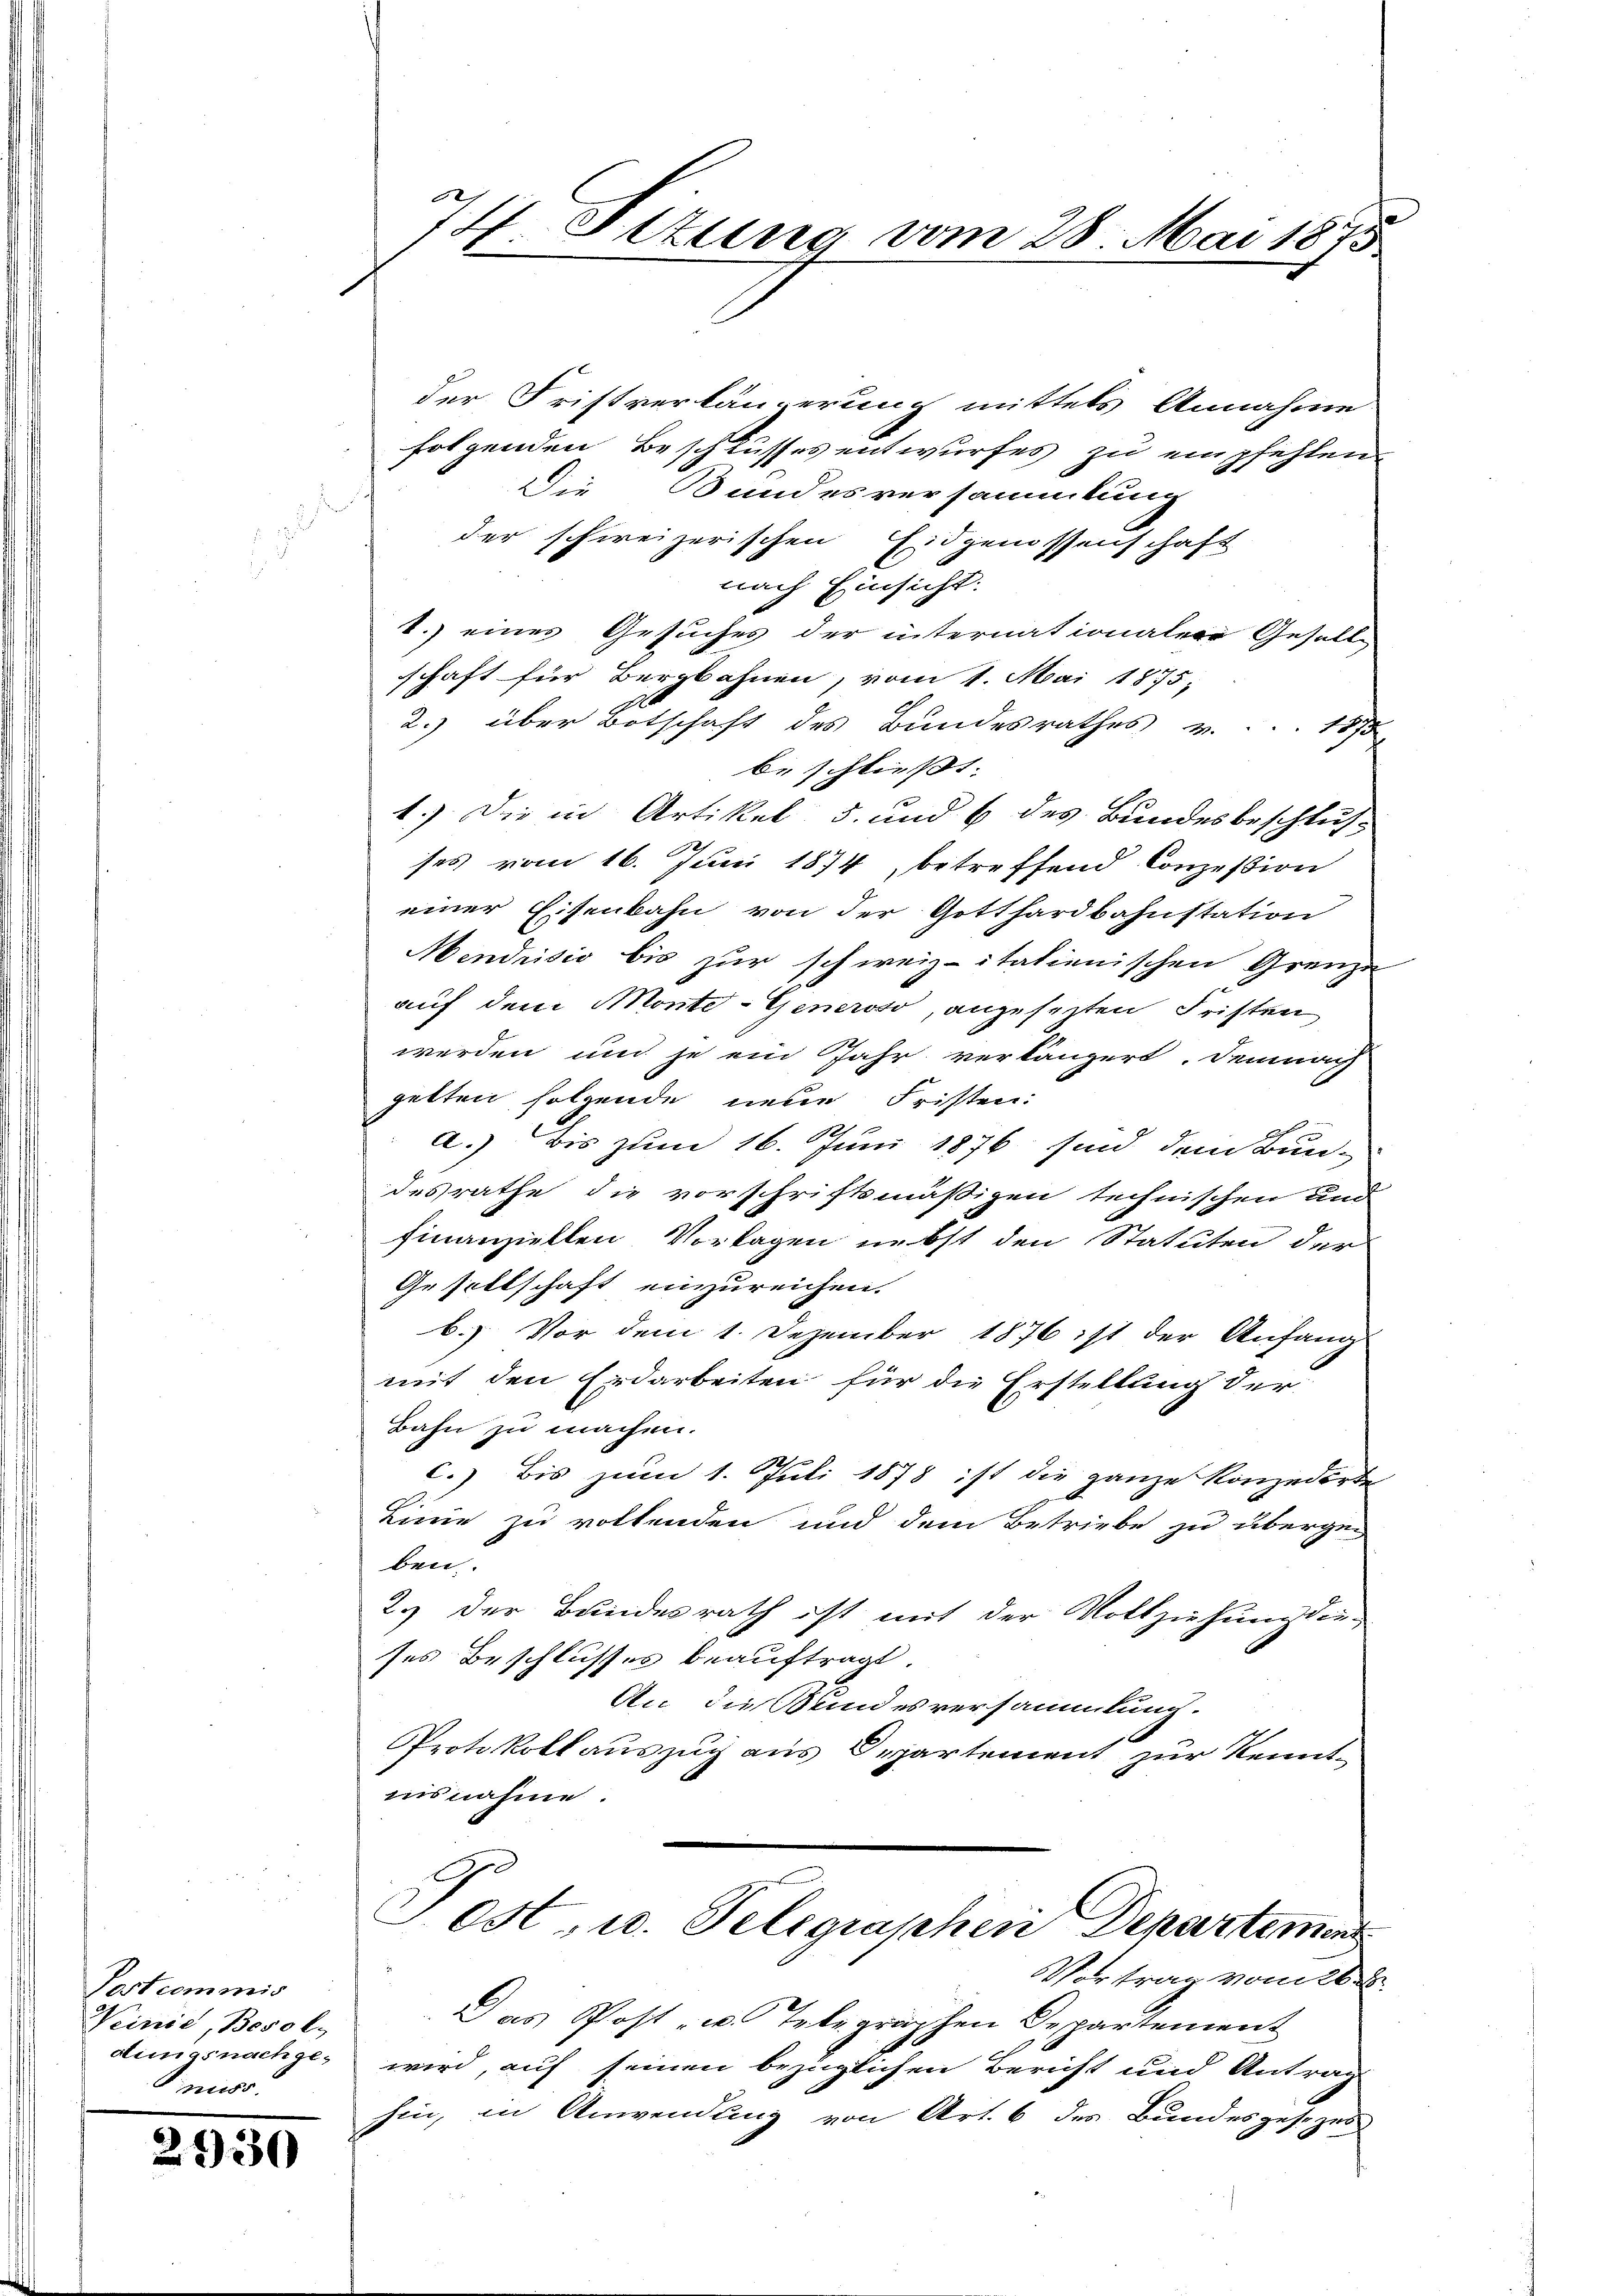
Pastcommis
Weinie, Besol
dings nachgemuss.

2930

74. Situng vom 28. Mai 1875

der Fristverlängerung mittels Annahme
folgenden Beschlusses entwurfes zu empfehlen.
Die Bundesversammlung
der schweizerischen Eidgenossenschaft
nach Einsicht.
1.) eines Gesuches der internationaler Gesell
schaft für Bergbahnen, vom 1. Mai 1875;
2.) über Botschaft des Bundesrathes v. 1875
beschließt:
1.) Die in Artikel 5. und 6 des Bundesbeschlus
ses vom 16. Juni 1874, betreffend Conzession
einer Eisenbahn von der Gotthardbahnstation
Mendrisis bis zur schweiz. italienischen Grenze
auf dem Monte-Generoso, angesezten Fristen
werden und je ein Jahr verlängert. Demnach
getten folgende neue Fristen:
12
A
.) Bis zum 16. Juni 1876 sind dem Bundesrathe die vorschriftsmäßigen technischen und
finanziellen Vorlagen nebst den Statuten der
Gesellschaft einzureichen.
b.) Vor dem 1. Dezember 1876 ist der Anfang
mit den Erdarbeiten für die Erstellung der
Bahn zu machen.
) Bis zum 1. Juli 1878 ist die ganze Konzedirte
Linie zu vollenden und dem Betriebe zu überge-
ben.
2.) Der Bundesrath ist mit der Vollziehung die-
ses Beschlusses beauftragt.
An die Bundesversammlung.
Protokoll auszug aus Departement zur Kennt-
usnahme.
Post, u. Telegraphen Departement
Vortrag vom 26.
Das Post- u. Telegraphen Departement
wird, auf seinen bezüglichen Bericht und Antrag
hin, in Anwendung von Art. 6 des Bundesgesezes